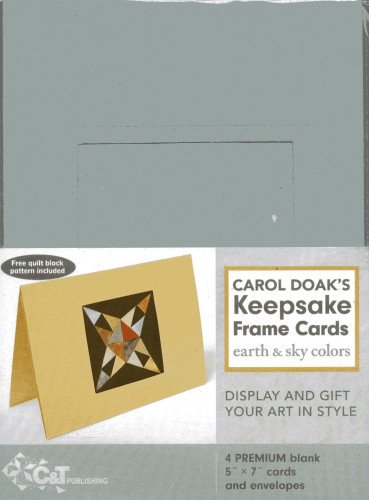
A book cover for Carol Doak's Keepsake Frame Cards - Earth & Sky Colors: [Pack of 4]; Carol Doak; Crafts, Hobbies & Home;